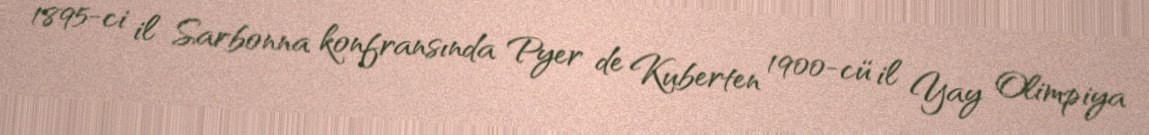
1895-ci il Sarbonna konfransında Pyer de Kuberten 1900-cü il Yay Olimpiya